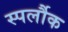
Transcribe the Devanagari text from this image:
स्पर्लौक